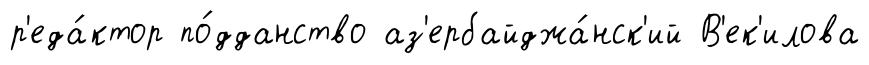
р'еда́ктор по́дданство аз'ербайджа́нск'ий В'ек'илова